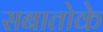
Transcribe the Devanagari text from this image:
सबातोके